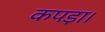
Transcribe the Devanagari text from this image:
कपड़ा।